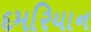
દમરિયાન